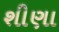
શીણા